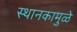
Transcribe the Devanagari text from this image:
स्थानकामुळे